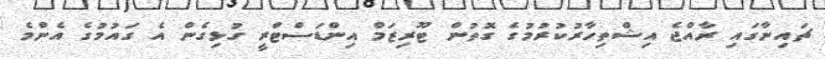
ޗައިނާގައި ރާއްޖެ އިޝްތިހާރުކުރުމުގެ ގޮތުން ޓޫރިޒަމް އިންޑަސްޓްރީ ގުޅިގެން އެ ގައުމުގެ އެންމެ